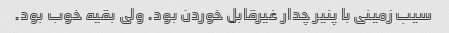
سیب زمینی با پنیر چدار غیرقابل خوردن بود. ولی بقیه خوب بود.